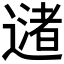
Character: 𬩅